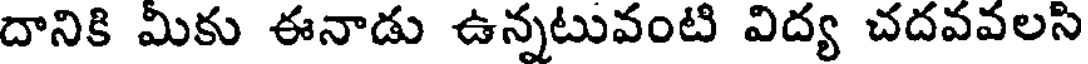
దానికి మీకు ఈనాడు ఉన్నటువంటి విద్య చదవవలసి